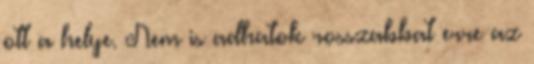
ott a helye. Nem is adhatok rosszabbat erre az